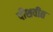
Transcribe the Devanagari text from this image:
पीशवीत